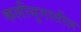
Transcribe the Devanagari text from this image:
कलीयुगातील